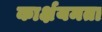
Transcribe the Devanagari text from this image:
कार्क्षयमता